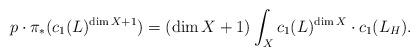
LaTeX: \begin{align*}p \cdot \pi_*(c_1(L)^{\dim X + 1}) = (\dim X + 1) \int_X c_1(L)^{\dim X} \cdot c_1(L_H).\end{align*}